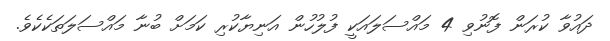
ދައުވާ ކުރަން ފޮނުވި 4 މައްސަލައަކީ ފުލުހުން އަނިޔާކުރި ކަމަށް ބުނާ މައްސަލަތަކެކެވެ.